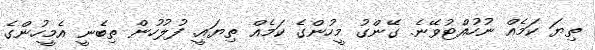
ތިޔަ ކަމެއް ނުހުއްޓުވޭނެ. ގޭންގު މީހުންގެ ކަމެއް ތިޔައީ. ފުލުހުން ތިބެނީ އެމީހުންގެ